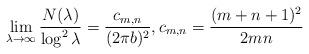
LaTeX: \begin{align*} \lim_{\lambda\rightarrow\infty}\frac{N(\lambda)}{\log^{2}\lambda}=\frac{c_{m,n}}{(2\pi b)^{2}},c_{m,n}=\frac{(m+n+1)^{2}}{2mn}\end{align*}